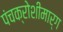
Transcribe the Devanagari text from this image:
पंचक्रोशीमार्ग